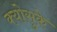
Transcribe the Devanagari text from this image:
क्योसुके